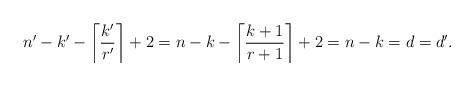
LaTeX: \begin{align*}n'-k'-\left\lceil\frac{k'}{r'}\right\rceil+2=n-k-\left\lceil\frac{k+1}{r+1}\right\rceil+2 = n-k=d=d'.\end{align*}